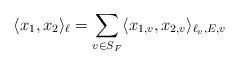
LaTeX: \begin{align*} \langle x_{1} , x_{2}\rangle_{\ell}=\sum_{v\in S_{F}} \langle x_{1,v}, x_{2,v}\rangle_{\ell_{v},E,v}\end{align*}